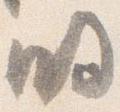
明